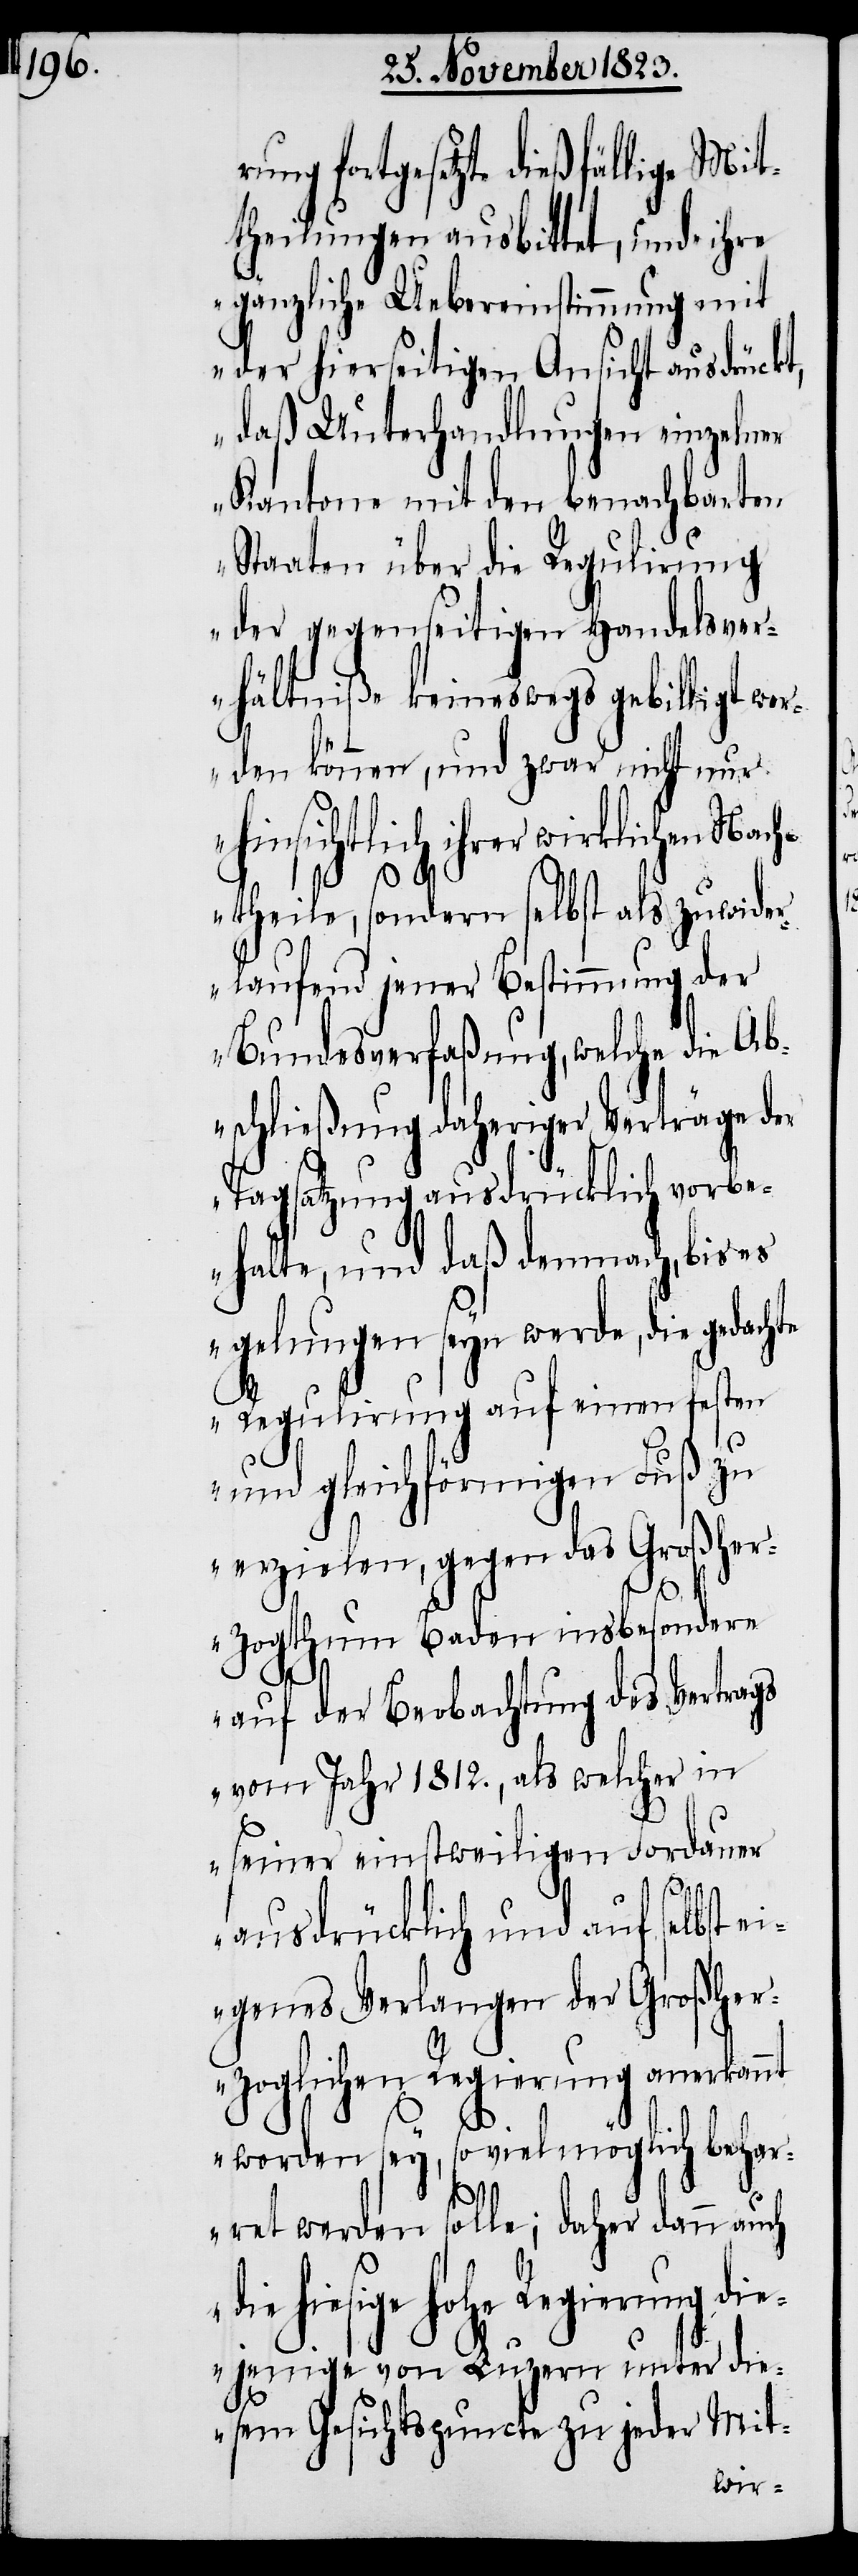
fortgesetzte dießfällige Mit¬
theilungen ausbittet, und „ihre
gänzliche Uebereinstimmung mit
der hierseitigen Ansicht ausdrückt,
daß Unterhandlungen einzelner
Kantone mit den benachbarten
Staaten über die Regulirung
der gegenseitigen Handelsver¬
hältniße keineswegs gebilligt we¬
rden können, und zwar nicht nur
hinsichtlich ihrer wirklichen Nach¬
achte
theile, sondern selbst als zuwider¬
laufend jener Bestimmung der
Bundesverfaßung, welche die Ab¬
schließung daheriger Verträge der
Tagsatzung ausdrücklich vorbe¬
halte, und daß demnach, bis es
gelungen seyn werde, die ged¬
Regulirung auf einen festen
und gleichförmigen Fuß zu
erzielen, gegen das Großher¬
zogthum Baden insbesondere
auf der Beobachtung des Vertrags
vom Jahr 1812., als welcher in
seiner einstweiligen Fordauer
ausdrücklich und auf selbst e¬
igenes Verlangen der Großher¬
zoglichen Regierung anerkannt
worden sey, soviel möglich behar¬
ret werden solle; daher dann
hohe Regierung di¬
ejenige von Luzern unter die¬
sem Gesichtspuncte zu jeder Mit-